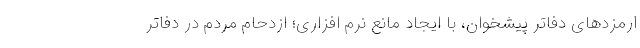
ارمزدهای دفاتر پیشخوان، با ایجاد مانع نرم افزاری؛ ازدحام مردم در دفاتر